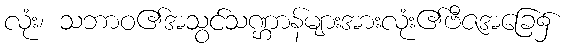
လုံး၊ သဘာဝ၏အသွင်သဏ္ဌာန်များအားလုံး၏ဗီဇအခြေ၌